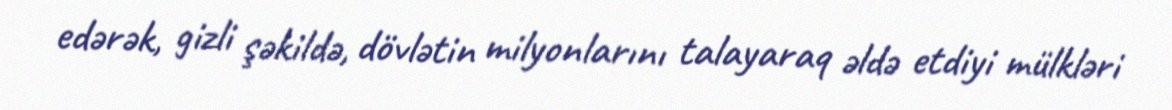
edərək, gizli şəkildə, dövlətin milyonlarını talayaraq əldə etdiyi mülkləri